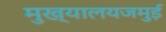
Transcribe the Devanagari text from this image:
मुख्यालयजमुई